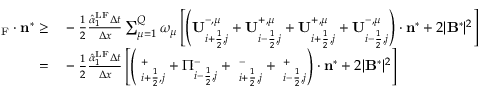
\begin{array} { r l } { { \bf \Pi } _ { \mathrm { { { F } } } } \cdot \mathbf { n } ^ { * } \ge } & { { } - \frac { 1 } { 2 } \frac { \hat { \alpha } _ { 1 } ^ { \mathrm { { L F } } } \Delta t } { \Delta x } \sum _ { \mu = 1 } ^ { Q } \omega _ { \mu } \left[ \left( \mathbf { U } _ { i + \frac { 1 } { 2 } , j } ^ { - , \mu } + \mathbf { U } _ { i - \frac { 1 } { 2 } , j } ^ { + , \mu } + \mathbf { U } _ { i + \frac { 1 } { 2 } , j } ^ { + , \mu } + \mathbf { U } _ { i - \frac { 1 } { 2 } , j } ^ { - , \mu } \right) \cdot \mathbf { n } ^ { * } + 2 | \mathbf { B } ^ { * } | ^ { 2 } \right] } \\ { = } & { { } - \frac { 1 } { 2 } \frac { \hat { \alpha } _ { 1 } ^ { \mathrm { { L F } } } \Delta t } { \Delta x } \left[ \left( { \bf \Pi } _ { i + \frac { 1 } { 2 } , j } ^ { + } + \Pi _ { i - \frac { 1 } { 2 } , j } ^ { - } + { \bf \Pi } _ { i + \frac { 1 } { 2 } , j } ^ { - } + { \bf \Pi } _ { i - \frac { 1 } { 2 } , j } ^ { + } \right) \cdot \mathbf { n } ^ { * } + 2 | \mathbf { B } ^ { * } | ^ { 2 } \right] } \end{array}